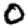
Digit: 0